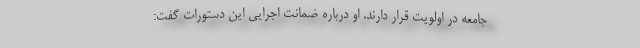
جامعه در اولویت قرار دارند. او درباره ضمانت اجرایی این دستورات گفت: